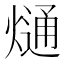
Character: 熥